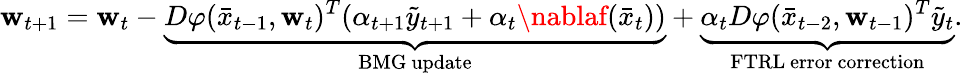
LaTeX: \mathbf{w}_{t+1}=\mathbf{w}_{t}-\underbrace{{D\varphi(\bar{{x}}_{t-1},\mathbf{w}_{t})^{T}(\alpha_{t+1}\tilde{{y}}_{t+1}+\alpha_{t}\nablaf(\bar{{x}}_{t}))}}_{\mathrm{{BMG~update}}}+\underbrace{{\alpha_{t}D\varphi(\bar{{x}}_{t-2},\mathbf{w}_{t-1})^{T}\tilde{{y}}_{t}}}_{\mathrm{{FTRL~error~correction}}}.